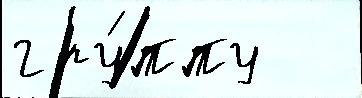
гру́ппу